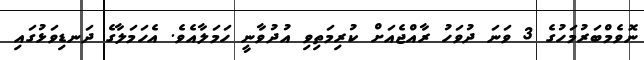
ނޮވެމްބަރުމަހުގެ 3 ވަނަ ދުވަހު ރާއްޖެއަށް ކުރިމަތިވި އުދުވާނީ ހަމަލާއެވެ. އެހަމަލާގެ ދަނޑިވަޅުގައި